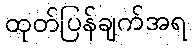
ထုတ်ပြန်ချက်အရ